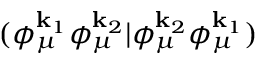
( \phi _ { \mu } ^ { \mathbf { k } _ { 1 } } \phi _ { \mu } ^ { \mathbf { k } _ { 2 } } | \phi _ { \mu } ^ { \mathbf { k } _ { 2 } } \phi _ { \mu } ^ { \mathbf { k } _ { 1 } } )